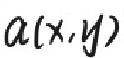
\(a(x,y)\)